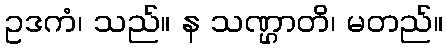
ဥဒကံ၊ သည်။ န သဏ္ဌာတိ၊ မတည်။